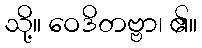
သို့။ ဝေဒိတဗ္ဗာ၊ ၏။